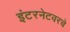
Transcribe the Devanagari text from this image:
इंटरनेटवरचे